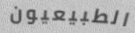
الطبيعيون